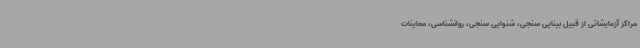
مراکز آزمایشاتی از قبیل بینایی سنجی، شنوایی سنجی، روانشناسی، معاینات